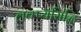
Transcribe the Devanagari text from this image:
लक्ष्यसिद्धि